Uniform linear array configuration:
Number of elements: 16
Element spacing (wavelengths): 0.75
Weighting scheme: binomial
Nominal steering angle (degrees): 60
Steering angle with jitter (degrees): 59.032
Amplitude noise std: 0.05
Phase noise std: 0.05

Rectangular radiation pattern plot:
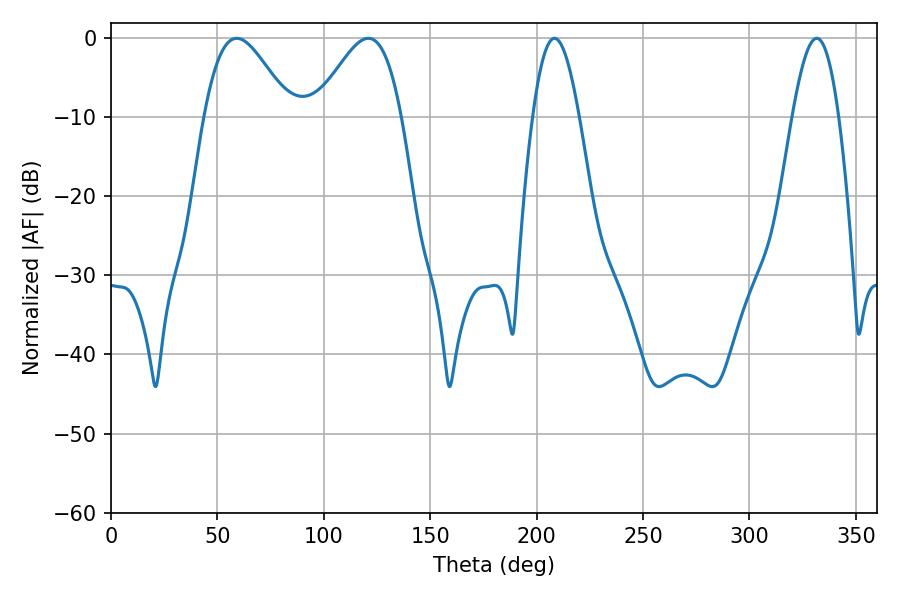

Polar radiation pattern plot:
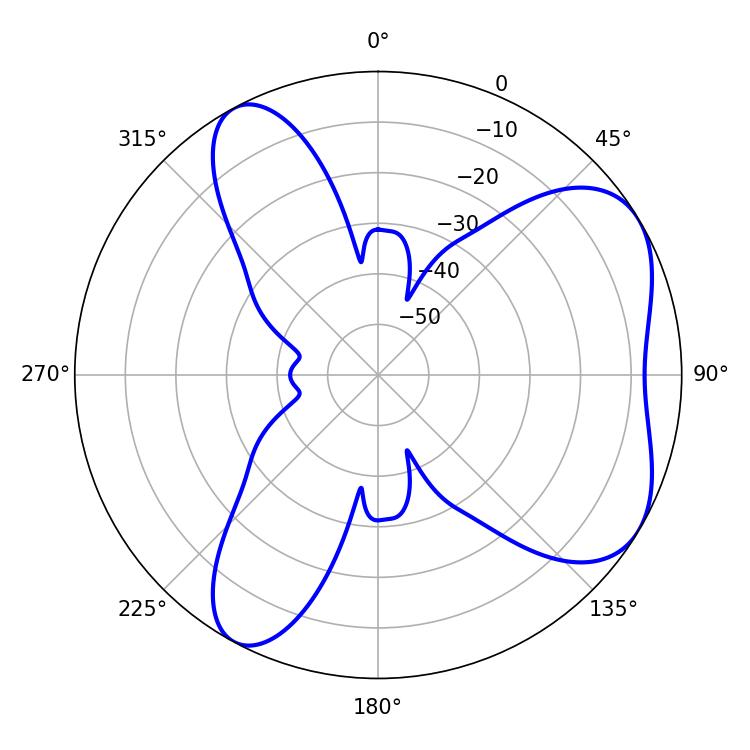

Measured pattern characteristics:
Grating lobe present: TRUE
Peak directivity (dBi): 5.728
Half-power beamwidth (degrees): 21.6
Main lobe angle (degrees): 59.04